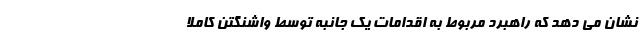
نشان می دهد که راهبرد مربوط به اقدامات یک جانبه توسط واشنگتن کاملاً